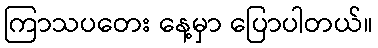
ကြာသပတေး နေ့မှာ ပြောပါတယ်။